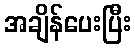
အချိန်ပေးပြီး